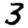
Digit: 3